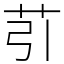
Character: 䒡